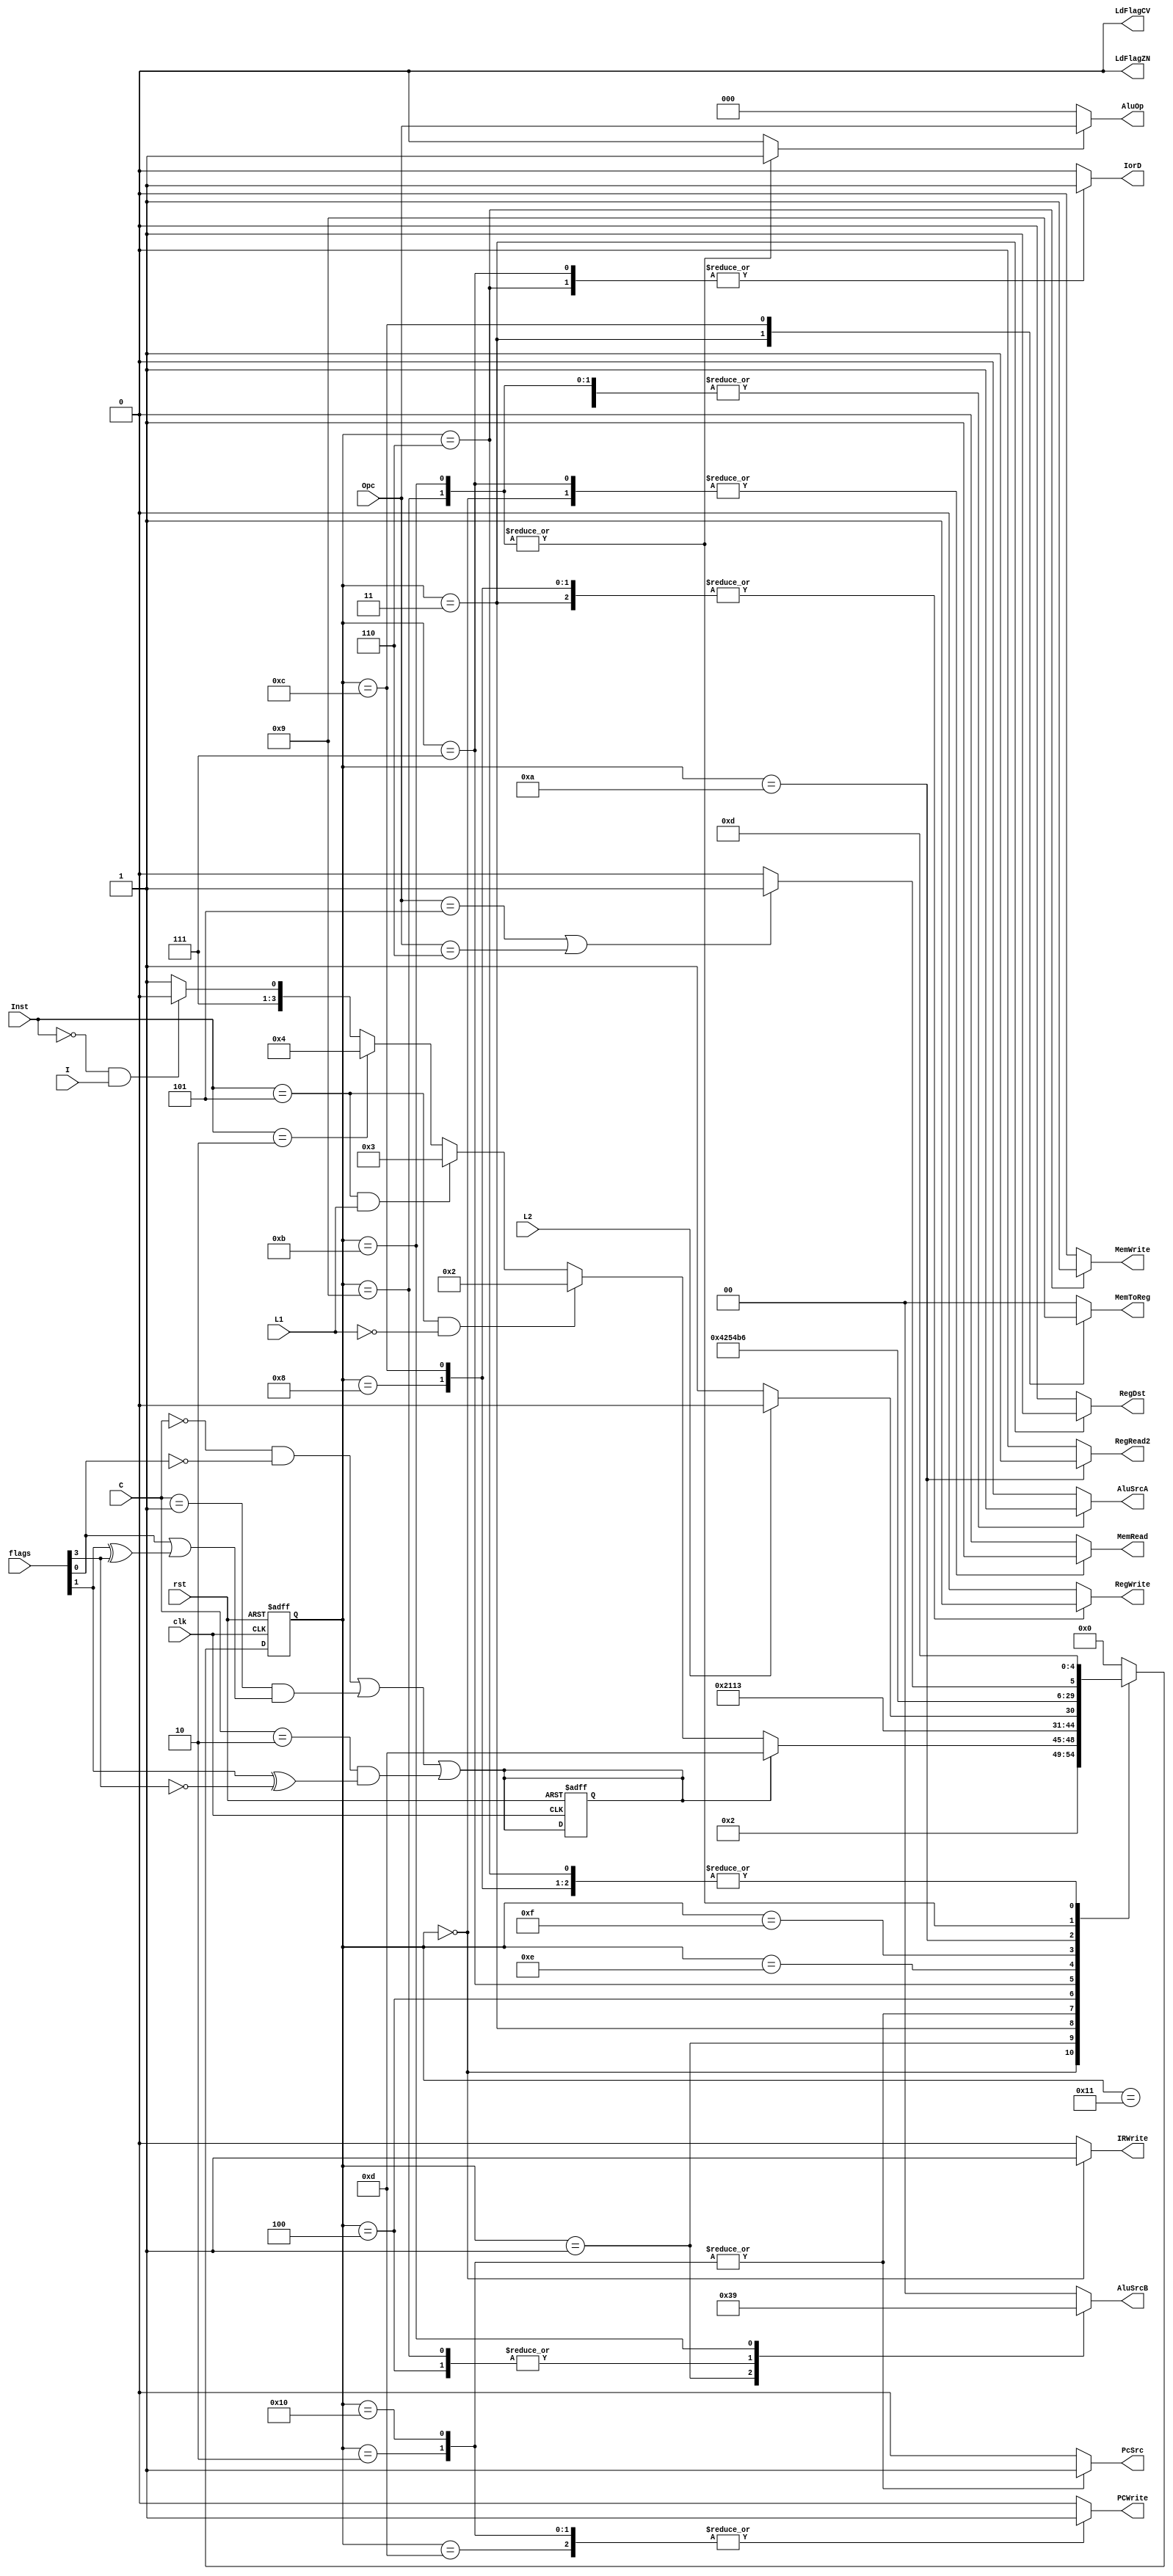
module control(flags,C,Inst,L1 , L2 , I,Opc,PCWrite,IorD,IRWrite,RegRead2,RegDst,RegWrite,AluSrcA,clk,rst,PcSrc,LdFlagZN,
			 LdFlagCV,MemToReg,AluSrcB,AluOp,MemRead,MemWrite);
input [3:0]flags;
input [1:0]C;
input [2:0]Inst;
input L1 , L2 , I;
input [2:0]Opc;
input clk,rst;
output reg PCWrite,IorD,IRWrite,RegRead2,RegDst,RegWrite,AluSrcA,PcSrc,LdFlagZN, LdFlagCV;
output reg [1:0]MemToReg,AluSrcB;
output reg [2:0]AluOp;
output reg MemRead,MemWrite;
reg ldflag,condition;
reg [4:0]ns,ps;
reg Op;
always@(posedge clk ,posedge rst)begin
	if(rst)begin
		 ps<=5'b00000;
		condition <=1'b0;
	end
	else
		ps<=ns;
end

assign condition = (C==2'b00 & flags[0]==1'b0) | (C==2'b01 & (flags[0]==1'b1 | (flags[1]^flags[3]==1'b1))) | (C==2'b10 &  (flags[1]^flags[3]==1'b0)) ;

always @(ps)begin 
	ns = 5'b00000;
	{PCWrite,IorD,IRWrite,RegRead2,RegDst,RegWrite,AluSrcA,LdFlagZN,LdFlagCV,ldflag,MemToReg,
		PcSrc,AluSrcB,Op,MemRead,MemWrite}=20'b0;
	case(ps)
		5'b00000 : begin ns=5'b00001; IorD=1'b0; MemRead=1'b1; IRWrite=1'b1;  end
		5'b00001 : begin ns=(condition) ? 5'b01101 :
				(Inst==3'b101 & L1==1'b0) ? 5'b00010 :
				(Inst==3'b101 & L1==1'b1) ? 5'b00011 :
				(Inst==3'b010) ? 5'b00100 :
				(Inst==3'b000 & I==1'b1) ? 5'b01110 : 5'b01111 ;
				AluSrcA=1'b0; AluSrcB=2'b11; Op=1'b0; end

		5'b00010 : begin ns=5'b10001; PcSrc=1'b1; PCWrite=1'b1;  end                                                     /// inst=101  L1=0
		5'b00011 : begin ns=5'b10000;  RegDst=1'b1; MemToReg=2'b10; RegWrite=1'b1;  end                        /// inst=101  L1=1
		5'b10000 : begin ns=5'b10001; PcSrc=1'b1; PCWrite=1'b1; end
		5'b10001 : begin ns=5'b01101; end
		5'b00100 : begin ns=(L2)? 5'b00110 : 5'b00111 ; AluSrcA=1'b1; AluSrcB=2'b10; Op=1'b0; RegRead2=1'b0; end                                     /// Inst=010
		//5'b00101 : begin ns=5'b00110; RegRead2=1'b0;  end                                                                               ///L2=1
		5'b00110 : begin ns=5'b01101; IorD=1'b1; MemWrite=1'b1; end
		5'b00111 : begin ns=5'b01000; IorD=1'b1; MemRead=1'b1; end                                                                      ///L2=0;
		5'b01000 : begin ns=5'b01101; MemToReg=2'b00; RegDst=1'b0; RegWrite=1'b1; end
		5'b01110 : begin ns=5'b01001; end
		5'b01001 : begin ns=(Opc==3'b101 | Opc==3'b110) ? 5'b01101 : 5'b01100; AluSrcA=1'b1; AluSrcB=2'b10; Op=1'b1; ldflag=1'b1; end ///Inst=000 I=1
		5'b01111 : begin ns=5'b01010; end
		5'b01010 : begin ns=5'b01011; RegRead2=1'b1;  end                                                                               ///Inst=000 I=0
		5'b01011 : begin ns=(Opc==3'b101 | Opc==3'b110) ? 5'b01101 : 5'b01100; AluSrcA=1'b1; AluSrcB=2'b01; Op=1'b1; ldflag=1'b1; end
		5'b01100 : begin ns=5'b01101; MemToReg=2'b01; RegDst=1'b0; RegWrite=1'b1; end
		5'b01101 : begin ns=5'b00000; AluSrcA=1'b0; AluSrcB=2'b00; Op=1'b0; PcSrc=1'b0; PCWrite=1'b1;  end
		endcase
end

always@(Op,Opc)begin
	AluOp=3'b000;
	if(Op==1'b0)
		AluOp=3'b000;
	else begin
		AluOp <= Opc;
	end
end

always@(ldflag)begin
	if(ldflag==1'b1)begin
		LdFlagZN=1'b1;
		if(Opc==3'b000 | Opc==3'b001 | Opc==3'b010 | Opc==3'b110)
			LdFlagCV=1'b1;

	end
end


endmodule